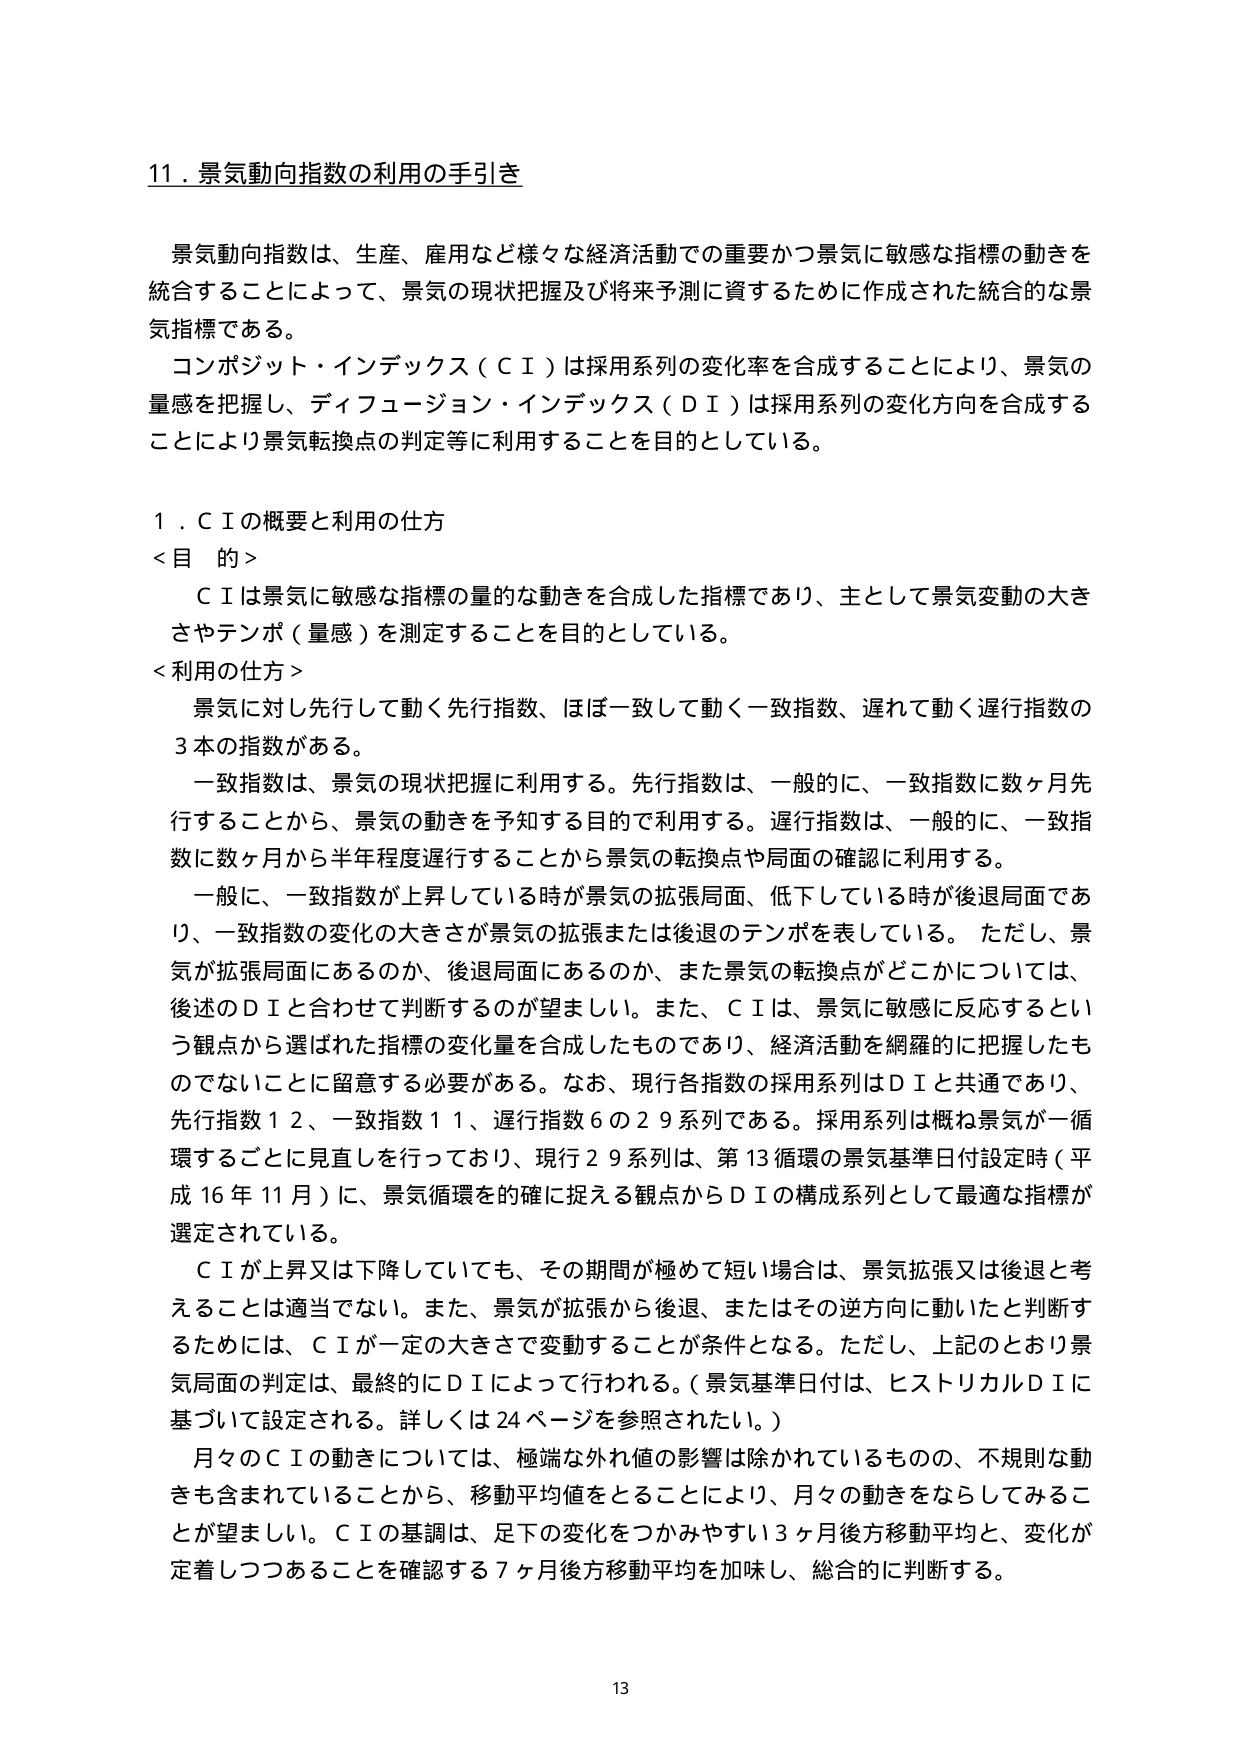
11．景気動向指数の利用の手引き

景気動向指数は、生産、雇用など様々な経済活動での重要かつ景気に敏感な指標の動きを統合することによって、景気の現状把握及び将来予測に資するために作成された統合的な景気指標である。
コンポジット・インデックス（ＣＩ）は採用系列の変化率を合成することにより、景気の量感を把握し、ディフュージョン・インデックス（ＤＩ）は採用系列の変化方向を合成することにより景気転換点の判定等に利用することを目的としている。

１．ＣＩの概要と利用の仕方
＜目的＞
ＣＩは景気に敏感な指標の量的な動きを合成した指標であり、主として景気変動の大きさやテンポ（量感）を測定することを目的としている。
＜利用の仕方＞
景気に対し先行して動く先行指数、ほぼ一致して動く一致指数、遅れて動く遅行指数の３本の指数がある。
一致指数は、景気の現状把握に利用する。先行指数は、一般的に、一致指数に数ヶ月先行することから、景気の動きを予知する目的で利用する。遅行指数は、一般的に、一致指数に数ヶ月から半年程度遅行することから景気の転換点や局面の確認に利用する。
一般に、一致指数が上昇している時が景気の拡張局面、低下している時が後退局面であり、一致指数の変化の大きさが景気の拡張または後退のテンポを表している。ただし、景気が拡張局面にあるのか、後退局面にあるのか、また景気の転換点がどこかについては、後述のＤＩと合わせて判断するのが望ましい。また、ＣＩは、景気に敏感に反応するという観点から選ばれた指標の変化量を合成したものであり、経済活動を網羅的に把握したものでないことに留意する必要がある。なお、現行各指数の採用系列はＤＩと共通であり、先行指数１２、一致指数１１、遅行指数６の２９系列である。採用系列は概ね景気が一循環することに見直しを行っており、現行２９系列は、第13循環の景気基準日付設定時（平成16年11月）に、景気循環を的確に捉える観点からＤＩの構成系列として最適な指標が選定されている。
ＣＩが上昇又は下降していても、その期間が極めて短い場合は、景気拡張又は後退と考えることは適当でない。また、景気が拡張から後退、またはその逆方向に動いたと判断するためには、ＣＩが一定の大きさで変動することが条件となる。ただし、上記のとおり景気局面の判定は、最終的にＤＩによって行われる。（景気基準日付は、ヒストリカルＤＩに基づいて設定される。詳しくは24ページを参照されたい。）
月々のＣＩの動きについては、極端な外れ値の影響は除かれているものの、不規則な動きも含まれていることから、移動平均値をとることにより、月々の動きをならしてみることが望ましい。ＣＩの基調は、足下の変化をつかみやすい3ヶ月後方移動平均と、変化が定着しつつあることを確認する7ヶ月後方移動平均を加味し、総合的に判断する。

13